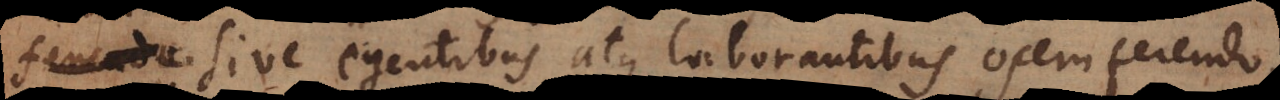
sive egentibus atque laborantibus opem ferendo